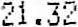
21.32